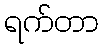
ရက်တာ